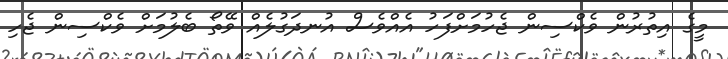
މީގެ އިތުރުން ވެކްސިން ޖެހުމަށްފަހު އެއްވެސް އުނދަގުލެއް ވޭތޯ ބެލުމަށް ވެކްސިން ޖެހި